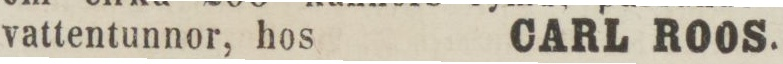
vattentunnor, hos    CARL ROOS.